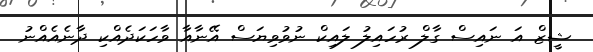
ޝީޒް އަ ނައިސް ގާލް ރުހައިލު ލައިކް ނުވުވިޔަސް އޭނާއާ ވާހަކަދެއްކި ދާނެއެއްނު